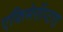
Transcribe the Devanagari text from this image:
एफिमेरॉप्टरा